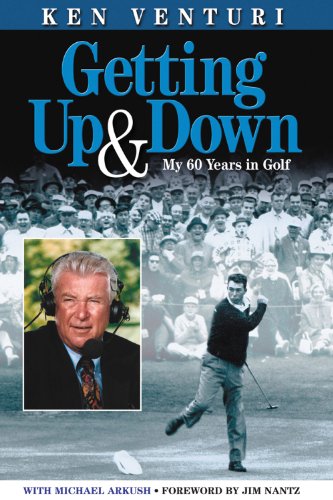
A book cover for Getting Up & Down: My 60 Years in Golf; Ken Venturi; Biographies & Memoirs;